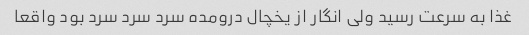
غذا به سرعت رسید ولی انگار از یخچال درومده سرد سرد سرد بود واقعا